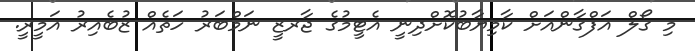
މި ގޯލް އަފްގާންއަށް ކާމިޔާބުކޮށްދިނީ އެޓީމުގެ ޖާރޒީ ނަމްބަރު ހަތެއް ޒުބެއިރު އަމީރީ.